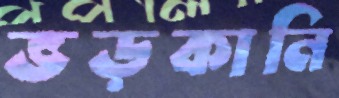
ভড়কানি